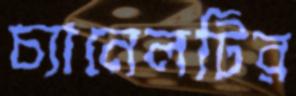
চ্যানেলটির